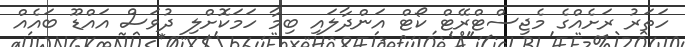
ހަތަރު ރަށެއްގެ މެޖިސްޓްރޭޓް ކޯޓް އަންދާލައި ބިމާ ހަމަކޮށްލި ދުވަސް އައްޑޫ ބައެއް